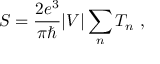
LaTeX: S = { \frac { 2 e ^ { 3 } } { \pi \hbar } } \vert V \vert \sum _ { n } T _ { n } \ ,